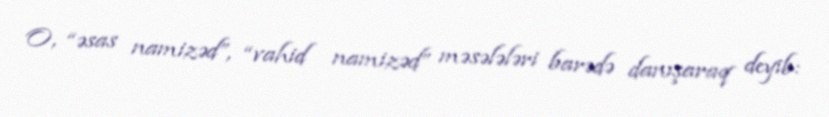
O, “əsas namizəd”, “vahid namizəd” məsələləri barədə danışaraq deyib: